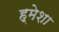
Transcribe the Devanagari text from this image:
ह्मेशा